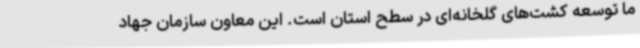
ما توسعه کشت‌های گلخانه‌ای در سطح استان است. این معاون سازمان جهاد